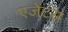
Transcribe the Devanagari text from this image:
एजेंटस